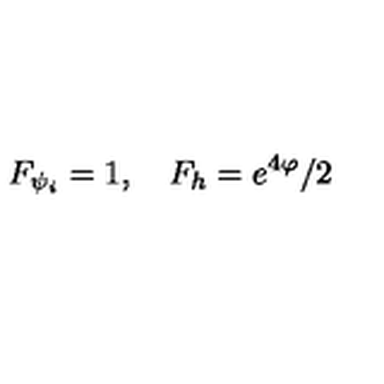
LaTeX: F _ { \psi _ { i } } = 1 , \quad F _ { h } = e ^ { 4 \varphi } / 2